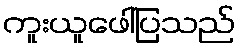
ကူးယူဖေါ်ပြသည်